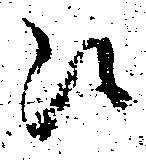
江